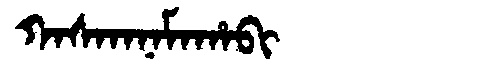
Manchu: ᡴᠠᠰᡴᠠᠨᠠᠮᠠᡥᠠᠪᡳ
Romanization: KASKANAMAHABI